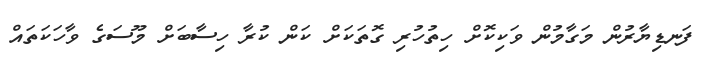
ފަނޑިޔާރުން މަގާމުން ވަކިކޮށް ހިތުހުރި ގޮތަކަށް ކަން ކުރާ ހިސާބަށް މޫސަގެ ވާހަކަތައް